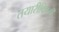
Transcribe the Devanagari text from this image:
तयारीविषयी